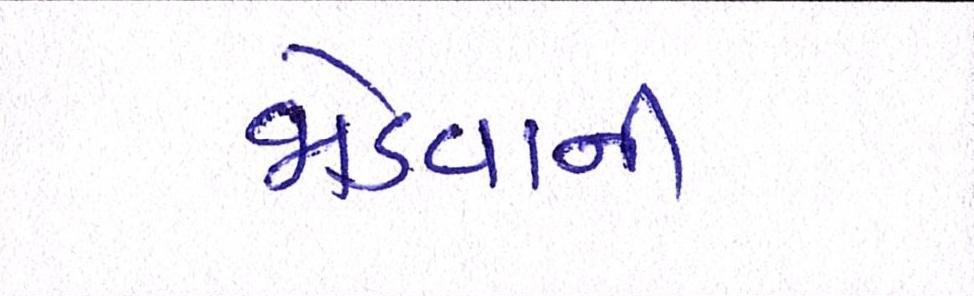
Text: જોડવાની